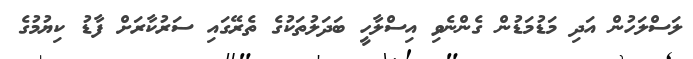
ލަސްލަހުން އަދި މަޑުމަޑުން ގެންނެވި އިސްލާހީ ބަދަލުތަކުގެ ތެރޭގައި ސަރުކާރަށް ފާޑު ކިޔުމުގެ